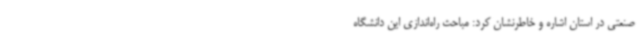
صنعتی در استان اشاره و خاطرنشان کرد: مباحث راه‌اندازی این دانشگاه